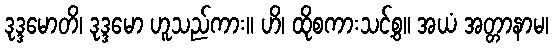
ဒုဒ္ဒမောတိ၊ ဒုဒ္ဒမော ဟူသည်ကား။ ဟိ၊ ထိုစကားသင့်စွ။ အယံ အတ္တာနာမ၊